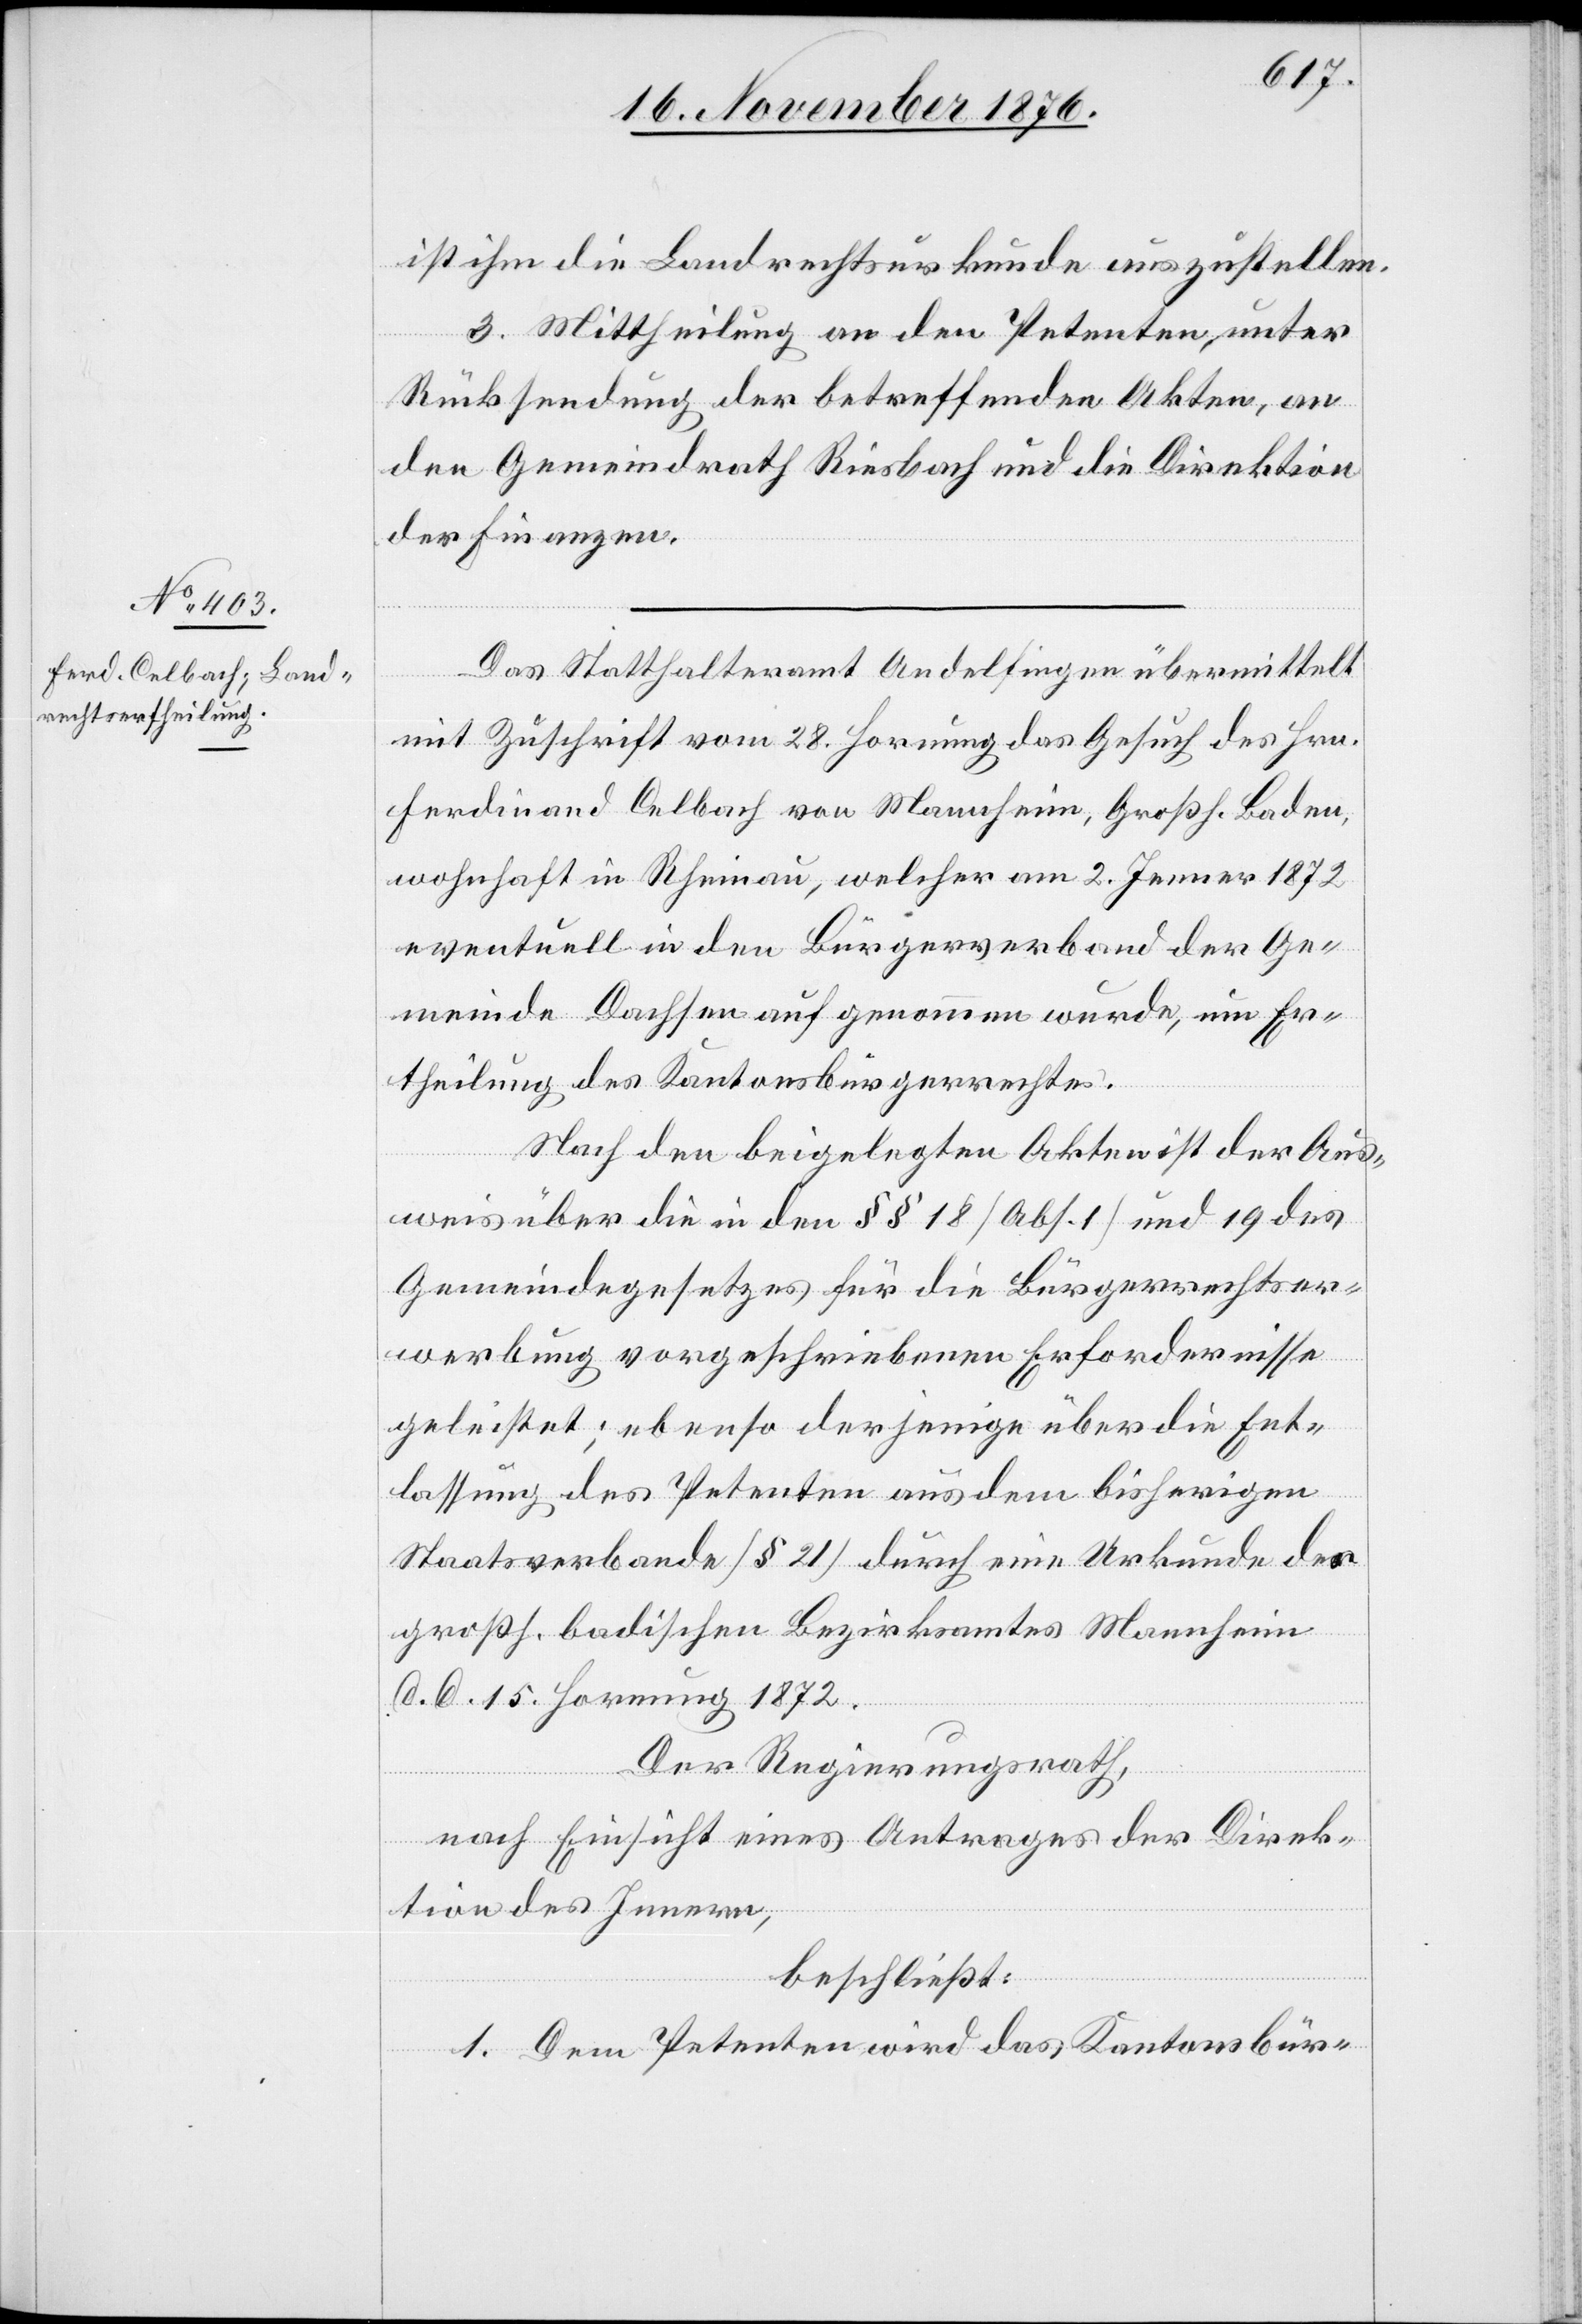
ist ihm die Landrechtsurkunde auszustellen.
3. Mittheilung an den Petenten, unter
Rücksendung der betreffenden Akten, an
den Gemeindrath Riesbach und die Direktion
der Finanzen.
Das Statthalteramt Andelfingen übermittelt
mit Zuschrift vom 28. Hornung das Gesuch des Hrn.
Ferdinand Celbach von Mannheim, Großh. Baden,
wohnhaft in Rheinau, welcher am 2. Jenner 1872
eventuell in den Bürgerverband der Ge¬
meinde Dachsen aufgenommen wurde, um Er¬
theilung des Kantonsbürgerrechtes.
Nach den beigelegten Akten ist der Aus¬
weis über die in den §§ 18 [Abs. 1 und 19 des
Gemeindegesetzes für die Bürgerrechtser¬
werbung vorgeschriebenen Erfordernisse
geleistet; ebenso derjenige über die Ent¬
lassung des Petenten aus dem bisherigen
Staatsverbande [§ 21] durch eine Urkunde des
großh. badischen Bezirksamtes Mannheim
d. d. 15. Hornung 1872.
Der Regierungsrath,
nach Einsicht eines Antrages der Direk¬
tion des Innern,
beschließt:
1. Dem Petenten wird das Kantonsbür-